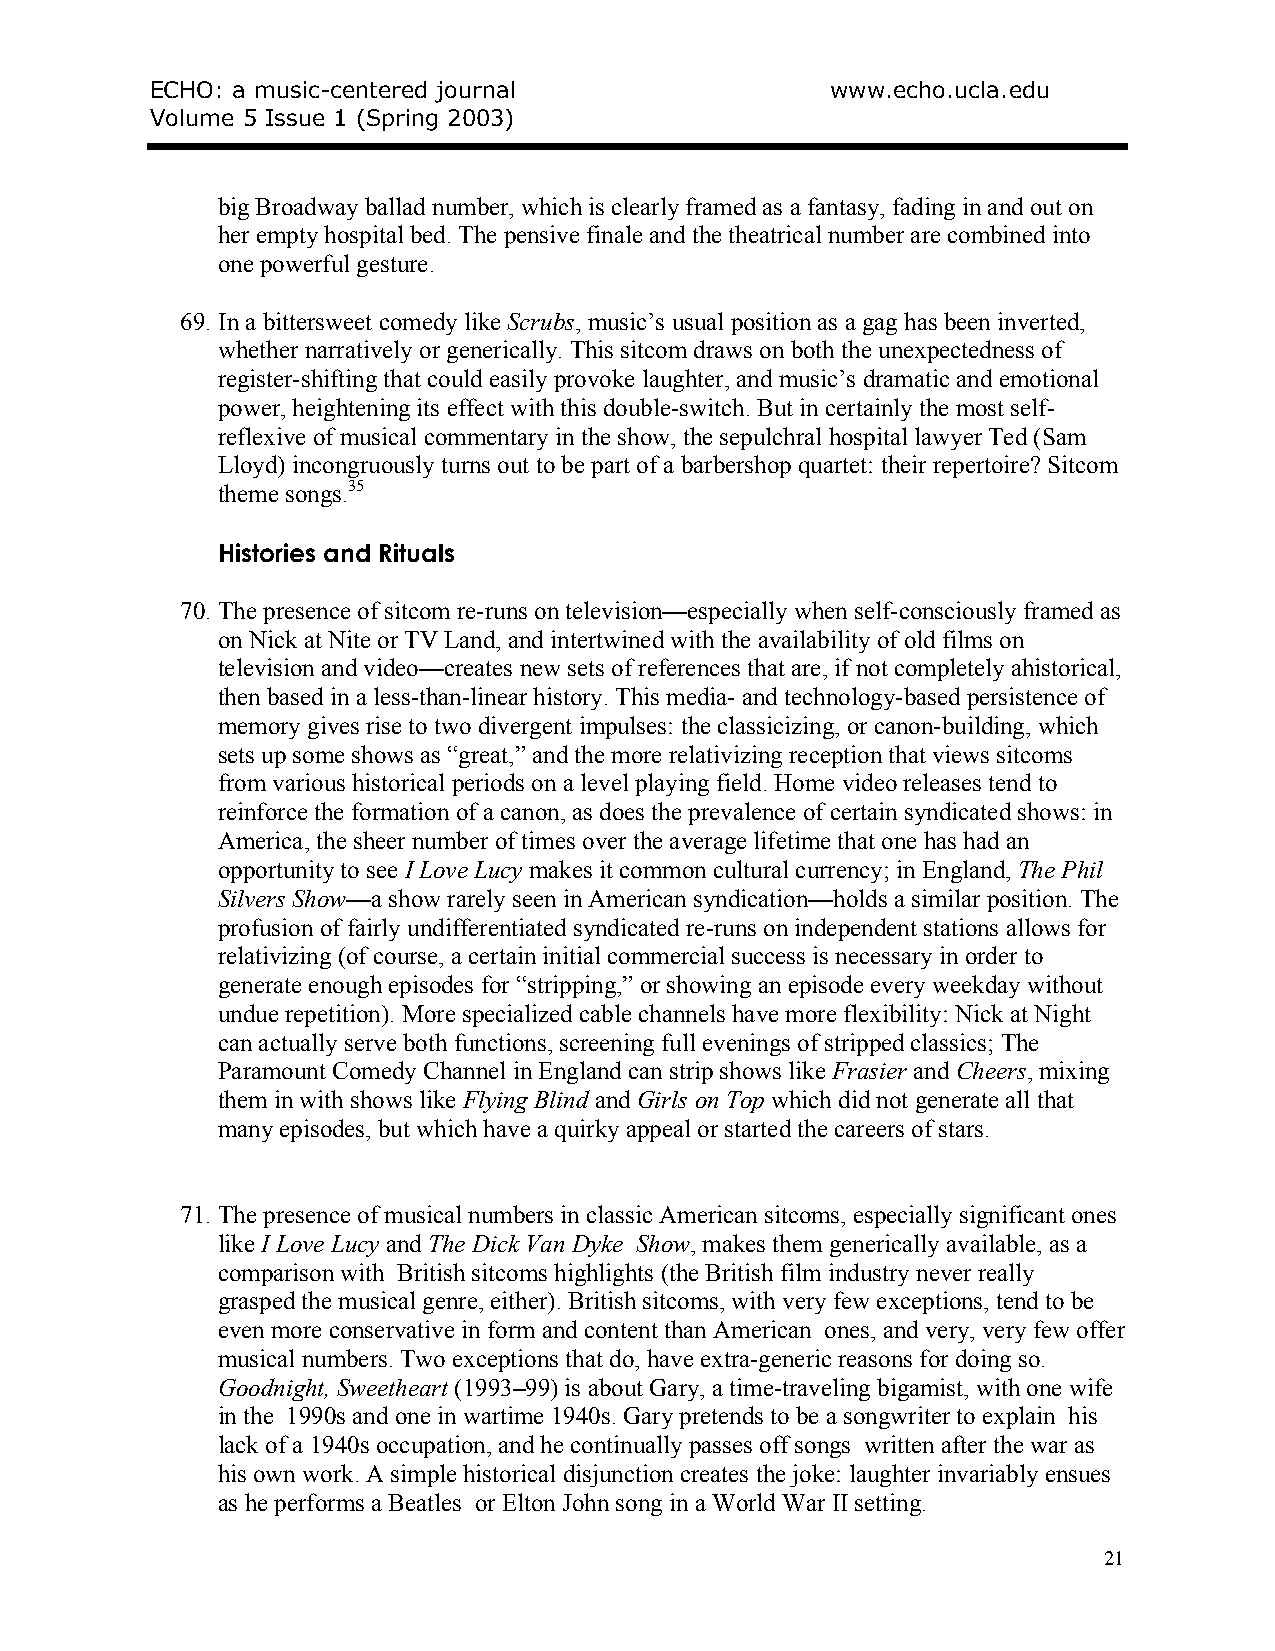
ECHO: a music-centered journal               www.echo.ucla.edu
 Volume 5 Issue 1 (Spring 2003)
 big Broadway ballad number, which is clearly framed as a fantasy, fading in and out on
 her empty hospital bed. The pensive finale and the theatrical number are combined into
 one powerful gesture.
 69. In a bittersweet comedy like Scrubs, music’s usual position as a gag has been inverted,
 whether narratively or generically. This sitcom draws on both the unexpectedness of
 register-shifting that could easily provoke laughter, and music’s dramatic and emotional
 power, heightening its effect with this double-switch. But in certainly the most self-
 reflexive of musical commentary in the show, the sepulchral hospital lawyer Ted (Sam
 Lloyd) incongruously turns out to be part of a barbershop quartet: their repertoire? Sitcom
 theme songs.35
 Histories and Rituals
 70. The presence of sitcom re-runs on television—especially when self-consciously framed as
 on Nick at Nite or TV Land, and intertwined with the availability of old films on
 television and video—creates new sets of references that are, if not completely ahistorical,
 then based in a less-than-linear history. This media- and technology-based persistence of
 memory gives rise to two divergent impulses: the classicizing, or canon-building, which
 sets up some shows as “great,” and the more relativizing reception that views sitcoms
 from various historical periods on a level playing field. Home video releases tend to
 reinforce the formation of a canon, as does the prevalence of certain syndicated shows: in
 America, the sheer number of times over the average lifetime that one has had an
 opportunity to see I Love Lucy makes it common cultural currency; in England, The Phil
 Silvers Show—a show rarely seen in American syndication—holds a similar position. The
 profusion of fairly undifferentiated syndicated re-runs on independent stations allows for
 relativizing (of course, a certain initial commercial success is necessary in order to
 generate enough episodes for “stripping,” or showing an episode every weekday without
 undue repetition). More specialized cable channels have more flexibility: Nick at Night
 can actually serve both functions, screening full evenings of stripped classics; The
 Paramount Comedy Channel in England can strip shows like Frasier and Cheers, mixing
 them in with shows like Flying Blind and Girls on Top which did not generate all that
 many episodes, but which have a quirky appeal or started the careers of stars.
 71. The presence of musical numbers in classic American sitcoms, especially significant ones
 like I Love Lucy and The Dick Van Dyke Show, makes them generically available, as a
 comparison with British sitcoms highlights (the British film industry never really
 grasped the musical genre, either). British sitcoms, with very few exceptions, tend to be
 even more conservative in form and content than American ones, and very, very few offer
 musical numbers. Two exceptions that do, have extra-generic reasons for doing so.
 Goodnight, Sweetheart (1993–99) is about Gary, a time-traveling bigamist, with one wife
 in the 1990s and one in wartime 1940s. Gary pretends to be a songwriter to explain his
 lack of a 1940s occupation, and he continually passes off songs written after the war as
 his own work. A simple historical disjunction creates the joke: laughter invariably ensues
 as he performs a Beatles or Elton John song in a World War II setting.
 21